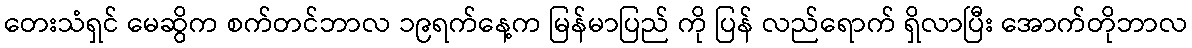
တေးသံရှင် မေဆွိက စက်တင်ဘာလ ၁၉ရက်နေ့က မြန်မာပြည် ကို ပြန် လည်ရောက် ရှိလာပြီး အောက်တိုဘာလ